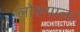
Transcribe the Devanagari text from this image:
लोकपाल।